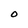
Character: O